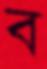
ব